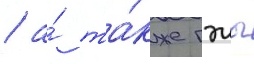
/ а́ та́кже гэлы